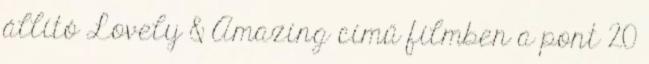
állító Lovely & Amazing című filmben a pont 20